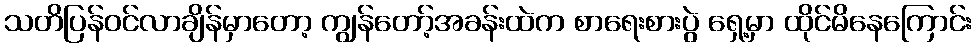
သတိပြန်ဝင်လာချိန်မှာတော့ ကျွန်တော့်အခန်းထဲက စာရေးစားပွဲ ရှေ့မှာ ထိုင်မိနေကြောင်း